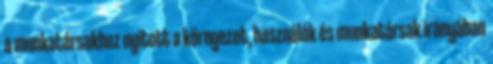
a munkatársakhoz nyitott a környezet, használók és munkatársak irányában